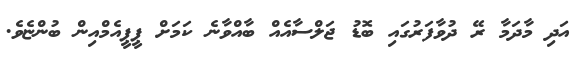
އަދި މާދަމާ ރޭ ދުވާފަރުގައި ބޮޑު ޖަލްސާއެއް ބާއްވާނެ ކަމަށް ޕީޕީއެމްއިން ބުންޏެވެ.